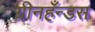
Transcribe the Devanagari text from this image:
ग्रीनहँन्डस